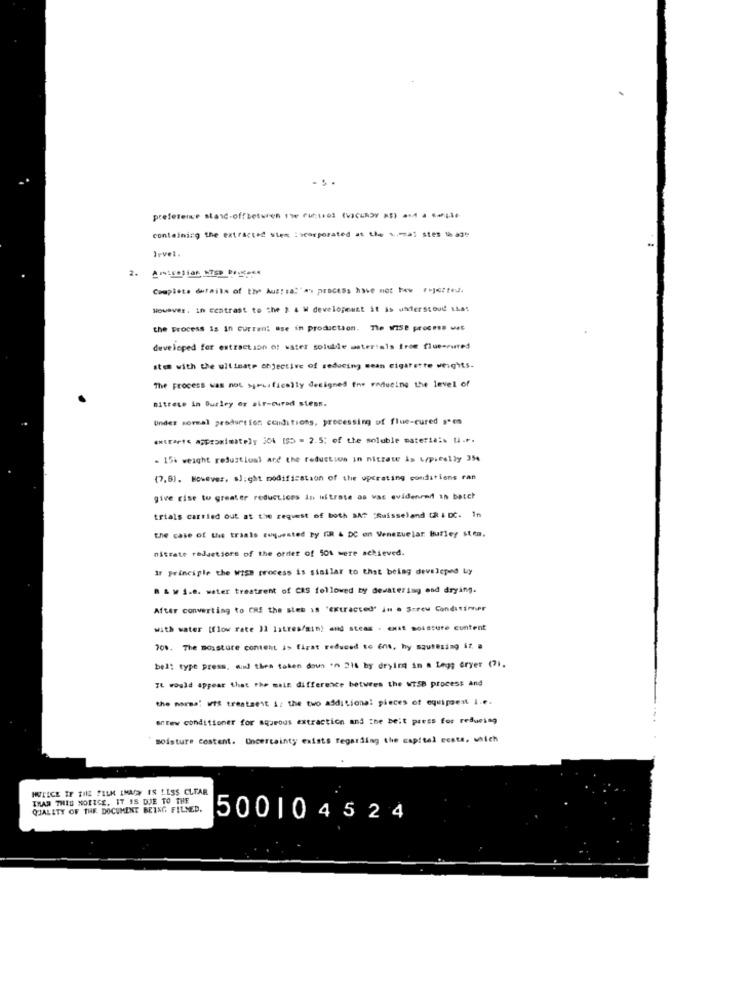
. . .
preference stand-offbetwen"-cut. (-)- a
containing the extracted stem Incorporated at the v .- al stes usage
Irvel.
2.
Complete details of the Austral"av process have not tow Fejezted.
However. in contrast to the 2 4 W developeust it is understood LLas
the process is in current ase in production. The wise process wet
developed for extraction of water soluble materials from flueseured
ste with the ultimate objective of reducing sean cigarette weights.
The process was not sju. fically designed fre reducing the level of
mitrete in Durley or air-cured stens.
Under sormal production conditions, processing of flue-cured s'en
** traris approximately jok [55 = 2.5; of the soluble materiais ti.r.
. 15% weight rejustlual and the reduction in nitrate is typically 354
(7,8). However, slight modification of the operating conditions can
give rise to greater reductions in istrate as was guidence in batch
trials carried out at the request of both BAT "Suisseland [R & DC. In
the case of the trials requested by GR & DC en Venezuelar burley sten.
nitrate reductions of the order of 501 were achieved.
If Principle the WISE process is similar to that being developed by
B & W 1.8. water treatment of CAS followed by dewatering end drying.
After converting to CHE the stet as "extracted' in a Screw Conditinner
with water [flow rate ]] latres/min) and steas . enst moisture content
70%. The moisture content is firat reduced to Ens, hy sautesing it, a
bell type press, mud thes talen doun 'n 216 by drying in a Legg eryer (21.
It would appear that the main difference between the WTSB process and
the norma: wtf treataest i: the two additional pieces of equipaent I.e.
arrow conditioner for aqueous extraction and the beit press for reducing
moisture content. Uncertainty exists regarding the capital ecsta, which
HUTICE IF THE FILM IMAY IS LESS CLEAR
IMAR THIS NOTICE, IT IS DUE TO THE
QUALITY OF THE DOCUMENT BEING FILMED.
500104524